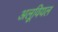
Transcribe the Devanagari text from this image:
अलूवियल